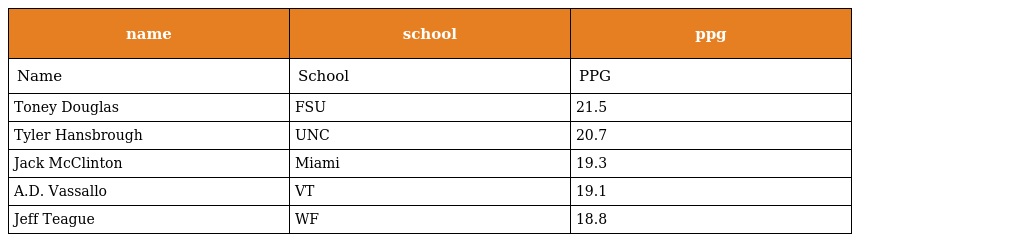
| name | school | ppg |
 | --- | --- | --- |
 | Name | School | PPG |
 | Toney Douglas | FSU | 21.5 |
 | Tyler Hansbrough | UNC | 20.7 |
 | Jack McClinton | Miami | 19.3 |
 | A.D. Vassallo | VT | 19.1 |
 | Jeff Teague | WF | 18.8 |